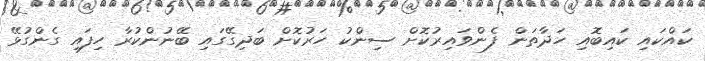
ކައްކައި ކައިބޮއި ހަދާތަން ފެންވައިރުކޮށް ސިންކު ހަރުކޮށް ބަދިގޭގައި ބޭނުންކުރާ ހިފައި ގެންގުޅޭ